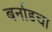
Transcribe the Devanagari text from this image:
बर्नाडचा